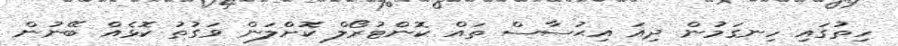
ހިތުގައި ހިނގަމުން ދިއަ އިޙުސާސް ތައް ކޮންޓުރޯލް ކޮށްލަން ވަގުތު ކޮޅެއް ބޭނުން